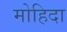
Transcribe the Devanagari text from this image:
मोहिदा